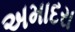
અમાદરા